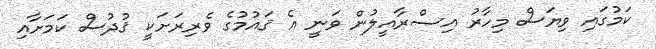
ކަމުގައި ވިޔަސް މިހާރު އިސްރާއީލުން ވަނީ އެ ޤައުމުގެ ވެރިރަށަކީ ޤުދުސް ކަމަށާއި